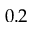
0 . 2